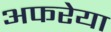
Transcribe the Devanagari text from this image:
अफरेया